Indian journal of veterinary science and animal husbandry - Volume 6,
Year: 1936
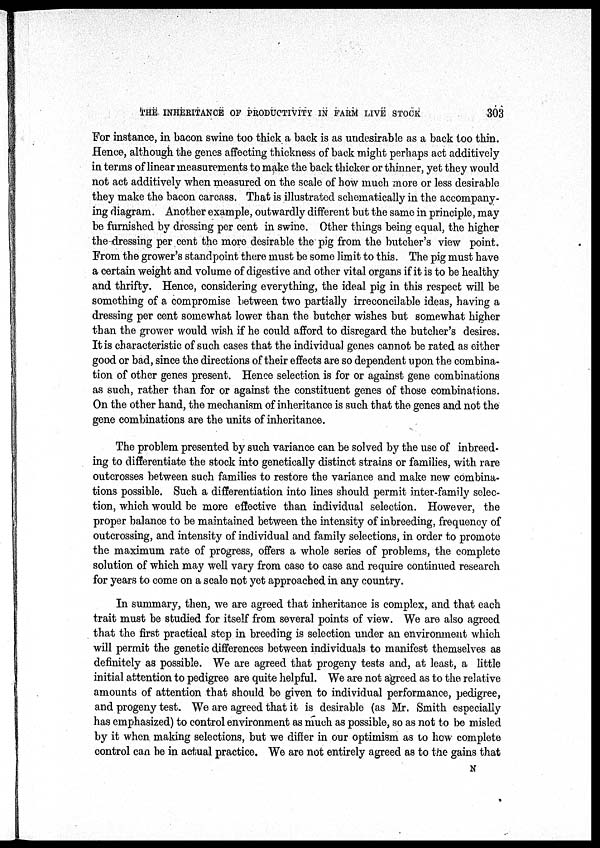
THE INHERITANCE OF PRODUCTIVITY IN FARM LIVE STOCK
303
For instance, in bacon swine too thick a back is as undesirable as a back too thin.
Hence, although the genes affecting thickness of back might perhaps act additively
in terms of linear measurements to make the back thicker or thinner, yet they would
not act additively when measured on the scale of how much more or less desirable
they make the bacon carcass. That is illustrated schematically in the accompany-
ing diagram. Another example, outwardly different but the same in principle, may
be furnished by dressing per cent in swine. Other things being equal, the higher
the dressing per cent the more desirable the pig from the butcher's view point.
From the grower's standpoint there must be some limit to this. The pig must have
a certain weight and volume of digestive and other vital organs if it is to be healthy
and thrifty. Hence, considering everything, the ideal pig in this respect will be
something of a compromise between two partially irreconcilable ideas, having a
dressing per cent somewhat lower than the butcher wishes but somewhat higher
than the grower would wish if he could afford to disregard the butcher's desires.
It is characteristic of such cases that the individual genes cannot be rated as either
good or bad, since the directions of their effects are so dependent upon the combina-
tion of other genes present. Hence selection is for or against gene combinations
as such, rather than for or against the constituent genes of those combinations.
On the other hand, the mechanism of inheritance is such that the genes and not the
gene combinations are the units of inheritance.
The problem presented by such variance can be solved by the use of inbreed-
ing to differentiate the stock into genetically distinct strains or families, with rare
outcrosses between such families to restore the variance and make new combina-
tions possible. Such a differentiation into lines should permit inter-family selec-
tion, which would be more effective than individual selection. However, the
proper balance to be maintained between the intensity of inbreeding, frequency of
outcrossing, and intensity of individual and family selections, in order to promote
the maximum rate of progress, offers a whole series of problems, the complete
solution of which may well vary from case to case and require continued research
for years to come on a scale not yet approached in any country.
In summary, then, we are agreed that inheritance is complex, and that each
trait must be studied for itself from several points of view. We are also agreed
that the first practical step in breeding is selection under an environment which
will permit the genetic differences between individuals to manifest themselves as
definitely as possible. We are agreed that progeny tests and, at least, a little
initial attention to pedigree are quite helpful. We are not agreed as to the relative
amounts of attention that should be given to individual performance, pedigree,
and progeny test. We are agreed that it is desirable (as Mr. Smith especially
has emphasized) to control environment as much as possible, so as not to be misled
by it when making selections, but we differ in our optimism as to how complete
control can be in actual practice. We are not entirely agreed as to the gains that
N